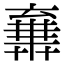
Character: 𠆉